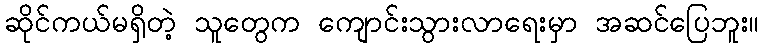
ဆိုင်ကယ်မရှိတဲ့ သူတွေက ကျောင်းသွားလာရေးမှာ အဆင်ပြေဘူး။